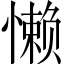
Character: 懒